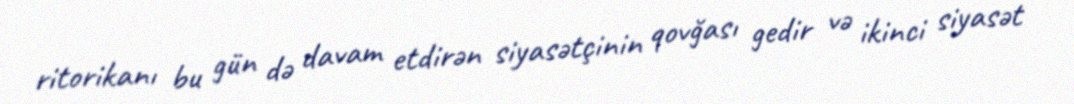
ritorikanı bu gün də davam etdirən siyasətçinin qovğası gedir və ikinci siyasət